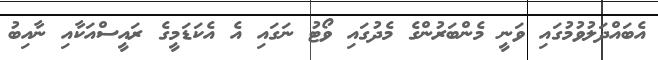
އެބައްދަލުވުމުގައި ވަނީ މެންބަރުންގެ މެދުގައި ވޯޓު ނަގައި އެ އެކަޑަމީގެ ރައީސްއަކާއި ނާއިބު